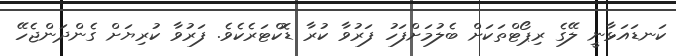
ކަނޑައަޅާނީ ލޭގެ ރިޕޯޓްތަކަށް ބެލުމަށްފަހު ފަރުވާ ކުރާ ޑޮކްޓަރެކެވެ. ފަރުވާ ކުރިޔަށް ގެންދަންޖެހޭ